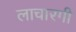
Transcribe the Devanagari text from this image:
लाचारगी